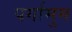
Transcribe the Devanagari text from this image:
पर्गामुम